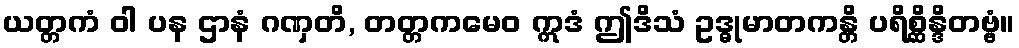
ယတ္တကံ ဝါ ပန ဌာနံ ဂဏှတိ, တတ္တကမေဝ ဣဒံ ဤဒိသံ ဥဒ္ဓုမာတကန္တိ ပရိစ္ဆိန္ဒိတဗ္ဗံ။